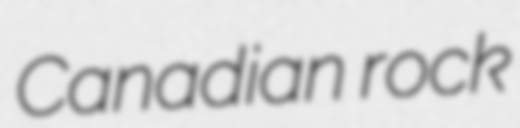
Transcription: Canadian rock